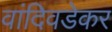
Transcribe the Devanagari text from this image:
वांदिवडेकर